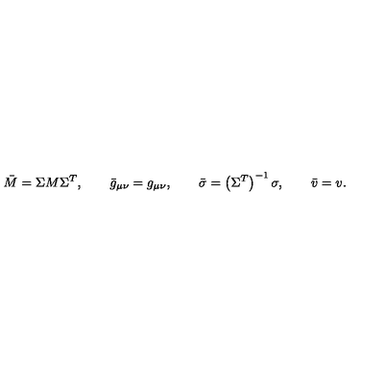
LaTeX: \bar { M } = \Sigma M \Sigma ^ { T } , \qquad \bar { g } _ { \mu \nu } = g _ { \mu \nu } , \qquad \bar { \sigma } = \left( \Sigma ^ { T } \right) ^ { - 1 } \sigma , \qquad \bar { v } = v .